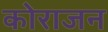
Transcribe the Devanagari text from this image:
कोराजन